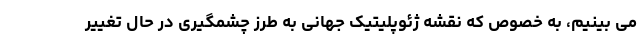
می بینیم، به خصوص که نقشه ژئوپلیتیک جهانی به طرز چشمگیری در حال تغییر